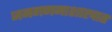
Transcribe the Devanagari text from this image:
जनगणनाशास्त्रात